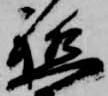
軈